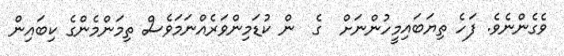
ވެގެންނެވެ. ފަހެ ތިޔަބައިމީހުންނަށް  ގެ  ން ކުޑަމިންވަރެއްނަމަވެސް ތިމަންމެންގެ ކިބައިން